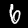
Digit: 6